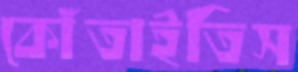
কোঁতাইতিস